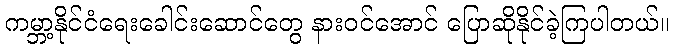
ကမ္ဘာ့နိုင်ငံရေးခေါင်းဆောင်တွေ နားဝင်အောင် ပြောဆိုနိုင်ခဲ့ကြပါတယ်။